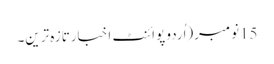
15نومبر(اُردو پوائنٹ اخبارتازہ ترین۔